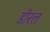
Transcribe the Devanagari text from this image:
डीरल